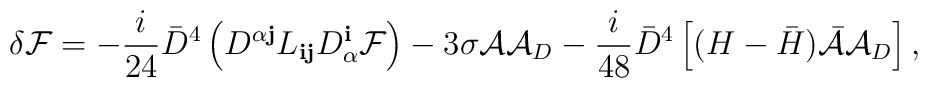
\delta {\cal F} = -\frac{i}{24} {\bar D}^4 \left( D^{\alpha {\mathbf j}}  L_{{\mathbf i}{\mathbf j}} D_\alpha^{\mathbf i} {\cal F}  \right) - 3 \sigma{\cal  A}{\cal A}_D - \frac{i}{48} {\bar D}^4 \left[ (H -  {\bar H}) {\bar{\cal A}} {\cal A}_D \right],